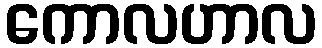
ကောလဟာလ